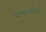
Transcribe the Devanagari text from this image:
बख्ख्तीयार